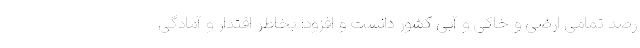
رصد تمامی ارضی و خاکی و آبی کشور دانست و افزود: بخاطر اقتدار و آمادگی